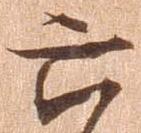
六